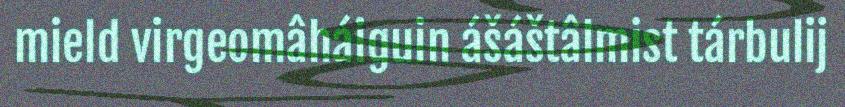
mield virgeomâháiguin ášáštâlmist tárbulij